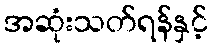
အဆုံးသတ်ရန်နှင့်